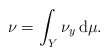
\begin{align*}\nu = \int_Y \nu_y \, \mathrm{d}\mu.\end{align*}